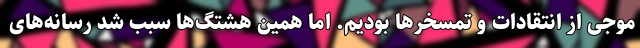
موجی از انتقادات و تمسخرها بودیم. اما همین هشتگ‌ها سبب شد رسانه‌های